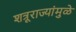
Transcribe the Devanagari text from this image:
शत्रूराज्यांमुळे